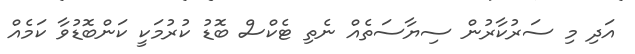
އަދި މި ސަރުކާރުން ސިޔާސަތެއް ނެތި ޓެކްސް ބޮޑު ކުރުމަކީ ކަންބޮޑުވާ ކަމެއް